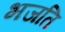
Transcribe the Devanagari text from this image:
भजति